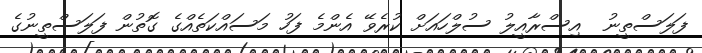
ފަލަސްތީނު  އިސްރާއީލު ސުލްހައަށް ކުރެވޭ އެންމެ ފަހު މަސައްކަތެއްގެ ގޮތުން ފަލަސްތީނުގެ